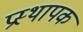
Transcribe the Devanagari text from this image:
प्रस्थापक